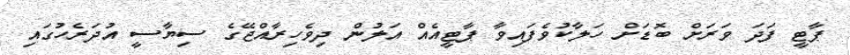
ޕާޓީ ފަދަ ވަރަށް ބޮޑަށް ހަލާކުވެފައިވާ ޕާޓީއެއް އަލުން ދިވެހިރާއްޖޭގެ ސިޔާސީ އުދަރެހުގައި